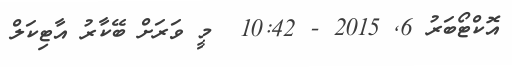
އޮކްޓޯބަރު 6